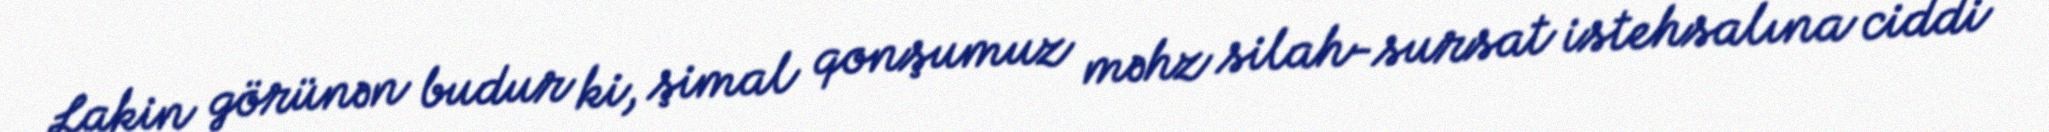
Lakin görünən budur ki, şimal qonşumuz məhz silah-sursat istehsalına ciddi